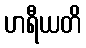
ဟရီယတိ